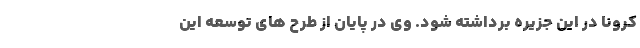
کرونا در این جزیره برداشته شود. وی در پایان از طرح های توسعه این